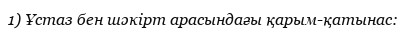
1) Ұстаз бен шәкірт арасындағы қарым-қатынас: